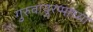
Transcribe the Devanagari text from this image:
गुरुवायुरप्पाच्या